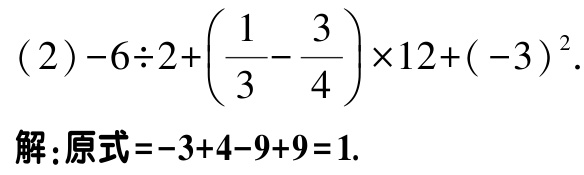
\((2)-6\div2+\left(\dfrac{1}{3}-\dfrac{3}{4}\right)\times12+(-3)^{2}.\)
解：原式\(=-3 + 4 - 9 + 9 = 1.\)